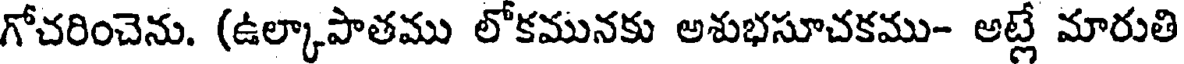
గోచరించెను. (ఉల్కాపాతము లోకమునకు అశుభసూచకము- అట్లే మారుతి